Civil Veterinary Dept. Bombay admin report 1893-99 - 1893-1899
Year: 1893
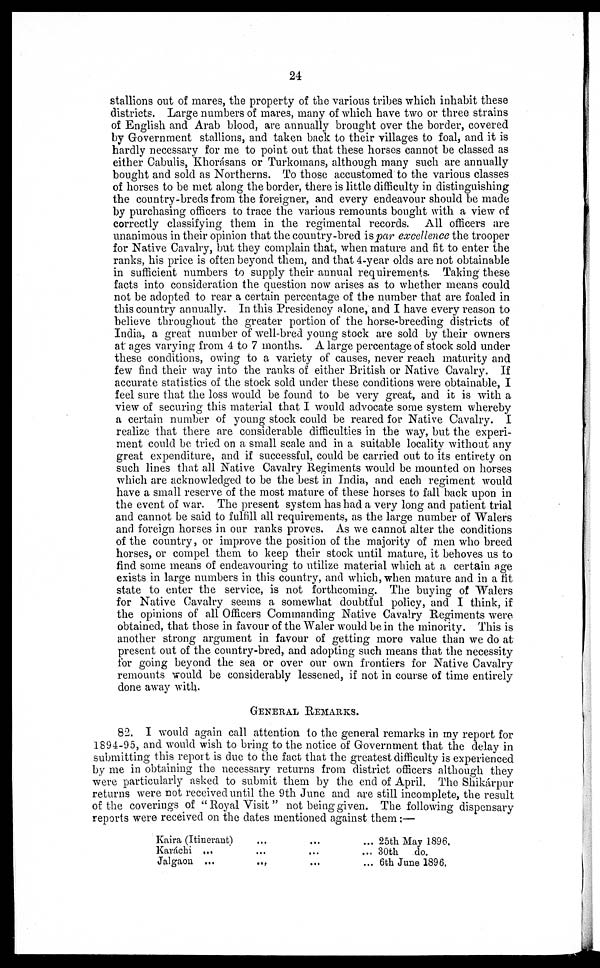
24
stallions out of mares, the property of the various tribes which inhabit these
districts. Large numbers of mares, many of which have two or three strains
of English and Arab blood, are annually brought over the border, covered
by Government stallions, and taken back to their villages to foal, and it is
hardly necessary for me to point out that these horses cannot be classed as
either Cabulis, Khorásans or Turkomans, although many such are annually
bought and sold as Northerns. To those accustomed to the various classes
of horses to be met along the border, there is little difficulty in distinguishing
the country-breds from the foreigner, and every endeavour should be made
by purchasing officers to trace the various remounts bought with a view of
correctly classifying them in the regimental records. All officers are
unanimous in their opinion that the country-bred is par excellence the trooper
for Native Cavalry, but they complain that, when mature and fit to enter the
ranks, his price is often beyond them, and that 4-year olds are not obtainable
in sufficient numbers to supply their annual requirements. Taking these
facts into consideration the question now arises as to whether means could
not be adopted to rear a certain percentage of the number that are foaled in
this country annually. In this Presidency alone, and I have every reason to
believe throughout the greater portion of the horse-breeding districts of
India, a great number of well-bred young stock are sold by their owners
at ages varying from 4 to 7 months. A large percentage of stock sold under
these conditions, owing to a variety of causes, never reach maturity and
few find their way into the ranks of either British or Native Cavalry. If
accurate statistics of the stock sold under these conditions were obtainable, I
feel sure that the loss would be found to be very great, and it is with a
view of securing this material that I would advocate some system whereby
a certain number of young stock could be reared for Native Cavalry. I
realize that there are considerable difficulties in the way, but the experi-
ment could be tried on a small scale and in a suitable locality without any
great expenditure, and if successful, could be carried out to its entirety on
such lines that all Native Cavalry Regiments would be mounted on horses
which are acknowledged to be the best in India, and each regiment would
have a small reserve of the most mature of these horses to fall back upon in
the event of war. The present system has had a very long and patient trial
and cannot be said to fulfill all requirements, as the large number of Walers
and foreign horses in our ranks proves. As we cannot alter the conditions
of the country, or improve the position of the majority of men who breed
horses, or compel them to keep their stock until mature, it behoves us to
find some means of endeavouring to utilize material which at a certain age
exists in large numbers in this country, and which, when mature and in a fit
state to enter the service, is not forthcoming. The buying of Walers
for Native Cavalry seems a somewhat doubtful policy, and I think, if
the opinions of all Officers Commanding Native Cavalry Regiments were
obtained, that those in favour of the Waler would be in the minority. This is
another strong argument in favour of getting more value than we do at
present out of the country-bred, and adopting such means that the necessity
for going beyond the sea or over our own frontiers for Native Cavalry
remounts would be considerably lessened, if not in course of time entirely
done away with.
GENERAL REMARKS.
82. I would again call attention to the general remarks in my report for
1894-95, and would wish to bring to the notice of Government that the delay in
submitting this report is due to the fact that the greatest difficulty is experienced
by me in obtaining the necessary returns from district officers although they
were particularly asked to submit them by the end of April. The Shikárpur
returns were not received until the 9th June and are still incomplete, the result
of the coverings of " Royal Visit " not being given. The following dispensary
reports were received on the dates mentioned against them :—
Kaira (Itinerant)
Karáchi …
Jalgaon ...
...
...
…
…
…
...
…
…
...
25th May 1896.
30th
do.
6th June 1896,